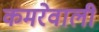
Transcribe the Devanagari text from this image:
कमरेवाली